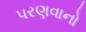
પરણવાનો